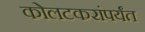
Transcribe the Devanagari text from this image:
कोलटकरांपर्यंत